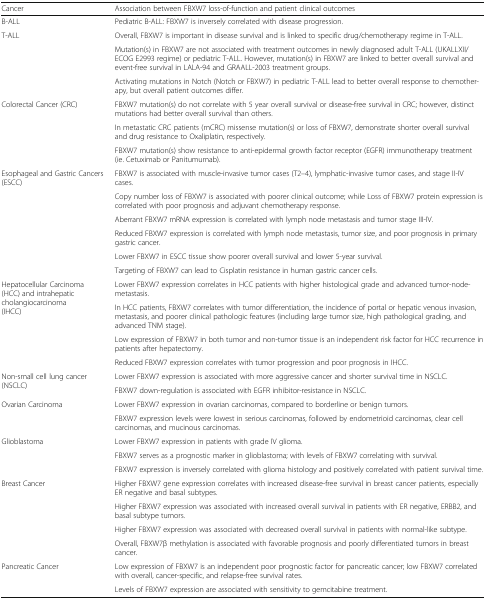
<table><thead><tr><td><b>Cancer</b></td><td><b>Association between FBXW7 loss-of-function and patient clinical outcomes</b></td></tr></thead><tbody><tr><td>B-ALL</td><td>Pediatric B-ALL: FBXW7 is inversely correlated with disease progression.</td></tr><tr><td rowspan="3">T-ALL</td><td>Overall, FBXW7 is important in disease survival and is linked to specific drug/chemotherapy regime in T-ALL.</td></tr><tr><td>Mutation(s) in FBXW7 are not associated with treatment outcomes in newly diagnosed adult T-ALL (UKALLXII/ECOG E2993 regime) or pediatric T-ALL. However, mutation(s) in FBXW7 are linked to better overall survival and event-free survival in LALA-94 and GRAALL-2003 treatment groups.</td></tr><tr><td>Activating mutations in Notch (Notch or FBXW7) in pediatric T-ALL lead to better overall response to chemotherapy, but overall patient outcomes differ.</td></tr><tr><td rowspan="3">Colorectal Cancer (CRC)</td><td>FBXW7 mutation(s) do not correlate with 5 year overall survival or disease-free survival in CRC; however, distinct mutations had better overall survival than others.</td></tr><tr><td>In metastatic CRC patients (mCRC) missense mutation(s) or loss of FBXW7, demonstrate shorter overall survival and drug resistance to Oxaliplatin, respectively.</td></tr><tr><td>FBXW7 mutation(s) show resistance to anti-epidermal growth factor receptor (EGFR) immunotherapy treatment (ie. Cetuximab or Panitumumab).</td></tr><tr><td rowspan="6">Esophageal and Gastric Cancers(ESCC)</td><td>FBXW7 is associated with muscle-invasive tumor cases (T2–4), lymphatic-invasive tumor cases, and stage II-IV cases.</td></tr><tr><td>Copy number loss of FBXW7 is associated with poorer clinical outcome; while Loss of FBXW7 protein expression is correlated with poor prognosis and adjuvant chemotherapy response.</td></tr><tr><td>Aberrant FBXW7 mRNA expression is correlated with lymph node metastasis and tumor stage III-IV.</td></tr><tr><td>Reduced FBXW7 expression is correlated with lymph node metastasis, tumor size, and poor prognosis in primary gastric cancer.</td></tr><tr><td>Lower FBXW7 in ESCC tissue show poorer overall survival and lower 5-year survival.</td></tr><tr><td>Targeting of FBXW7 can lead to Cisplatin resistance in human gastric cancer cells.</td></tr><tr><td rowspan="4">Hepatocellular Carcinoma(HCC) and intrahepatic cholangiocarcinoma(IHCC)</td><td>Lower FBXW7 expression correlates in HCC patients with higher histological grade and advanced tumor-node-metastasis.</td></tr><tr><td>In HCC patients, FBXW7 correlates with tumor differentiation, the incidence of portal or hepatic venous invasion, metastasis, and poorer clinical pathologic features (including large tumor size, high pathological grading, and advanced TNM stage).</td></tr><tr><td>Low expression of FBXW7 in both tumor and non-tumor tissue is an independent risk factor for HCC recurrence in patients after hepatectomy.</td></tr><tr><td>Reduced FBXW7 expression correlates with tumor progression and poor prognosis in IHCC.</td></tr><tr><td rowspan="2">Non-small cell lung cancer (NSCLC)</td><td>Lower FBXW7 expression is associated with more aggressive cancer and shorter survival time in NSCLC.</td></tr><tr><td>FBXW7 down-regulation is associated with EGFR inhibitor-resistance in NSCLC.</td></tr><tr><td rowspan="2">Ovarian Carcinoma</td><td>Lower FBXW7 expression in ovarian carcinomas, compared to borderline or benign tumors.</td></tr><tr><td>FBXW7 expression levels were lowest in serious carcinomas, followed by endometrioid carcinomas, clear cell carcinomas, and mucinous carcinomas.</td></tr><tr><td rowspan="3">Glioblastoma</td><td>Lower FBXW7 expression in patients with grade IV glioma.</td></tr><tr><td>FBXW7 serves as a prognostic marker in glioblastoma; with levels of FBXW7 correlating with survival.</td></tr><tr><td>FBXW7 expression is inversely correlated with glioma histology and positively correlated with patient survival time.</td></tr><tr><td rowspan="4">Breast Cancer</td><td>Higher FBXW7 gene expression correlates with increased disease-free survival in breast cancer patients, especially ER negative and basal subtypes.</td></tr><tr><td>Higher FBXW7 expression was associated with increased overall survival in patients with ER negative, ERBB2, and basal subtype tumors.</td></tr><tr><td>Higher FBXW7 expression was associated with decreased overall survival in patients with normal-like subtype.</td></tr><tr><td>Overall, FBXW7β methylation is associated with favorable prognosis and poorly differentiated tumors in breast cancer.</td></tr><tr><td rowspan="2">Pancreatic Cancer</td><td>Low expression of FBXW7 is an independent poor prognostic factor for pancreatic cancer; low FBXW7 correlated with overall, cancer-specific, and relapse-free survival rates.</td></tr><tr><td>Levels of FBXW7 expression are associated with sensitivity to gemcitabine treatment.</td></tr></tbody></table>